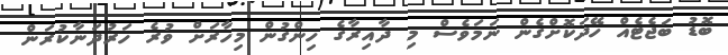
ބޮޑު ބަޖެޓެއް ހޭދަކޮށްގެން ނަމަވެސް މި ދާއިރާގެ ހިންގުން މިހާރަށް ވުރެ ހަރުދަނާކުރަން